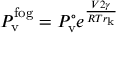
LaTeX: P _ { \mathrm { v } } ^ { \mathrm { f o g } } = P _ { \mathrm { v } } ^ { \circ } e ^ { \frac { V 2 \gamma } { R T r _ { \mathrm { k } } } }